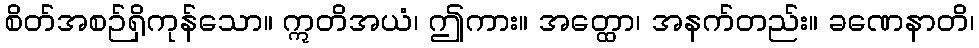
စိတ်အစဉ်ရှိကုန်သော။ ဣတိအယံ၊ ဤကား။ အတ္ထော၊ အနက်တည်း။ ခဏေနာတိ၊